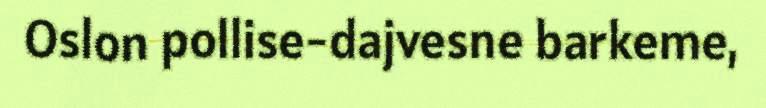
Oslon pollise-dajvesne barkeme,